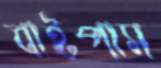
বাইপাস